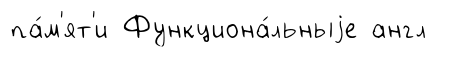
па́м'ят'и Функциона́льныjе англ